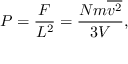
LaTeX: P = { \frac { F } { L ^ { 2 } } } = { \frac { N m { \overline { { v ^ { 2 } } } } } { 3 V } } ,